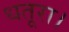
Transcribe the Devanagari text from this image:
धतूरा।